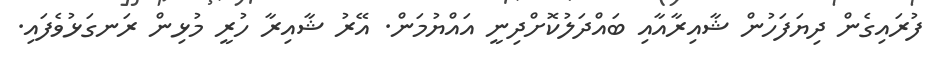
ފުރައިގެން ދިޔަފަހުން ޝާއިރާއާއި ބައްދަލުކޮށްދިނީ އައްޔުމަން. އޭރު ޝާއިރާ ހުރީ މުޅިން ރަނގަޅުވެފައި.